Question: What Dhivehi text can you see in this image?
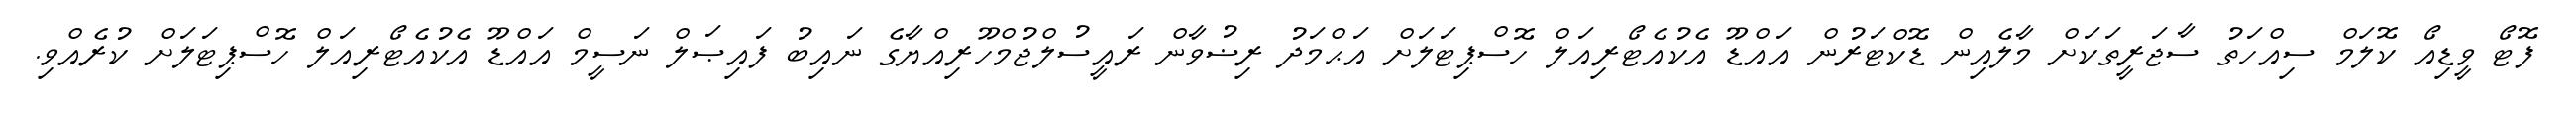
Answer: ފޮޓޯ ވީޑިއޯ ކޮލަމް ސިއްހަތު ސާޖަރީތަކަށް މާލެއިން ޑޮކްޓަރުން އައްޑޫ އެކުއެޓޯރިއަލް ހޮސްޕިޓަލަށް އަޙްމަދު ރިޟުވާން ރައީސުލްޖުމްހޫރިއްޔާގެ ނައިބު ފައިޞަލް ނަސީމް އައްޑޫ އެކުއެޓޯރިއަލް ހޮސްޕިޓަލަށް ކުރެއްވި.